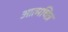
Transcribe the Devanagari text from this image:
आत्मचित्र